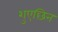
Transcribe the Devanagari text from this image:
शुएछिन